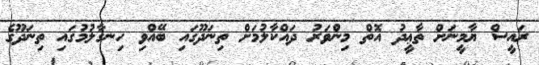
ރައީސް ޔާމީނަށް ތާޢީދު އޮތް މިންވަރު ދައްކާލުމަށް ތިނަދޫގައި ބޭއްވި ހިނގާލުމުގައި ތިނަދޫގެ